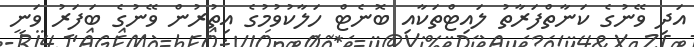
އަދި ވޭނުގެ ކަނާތްފަރާތު ލައިޓްތަކާއި ބޮނެޓް ހަލާކުވުމުގެ އިތުރުން ވޭނުގެ ބަފަރު ވަނީ